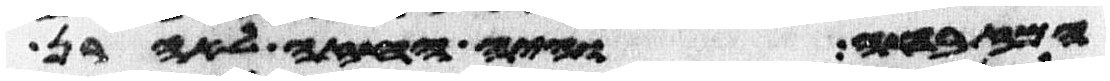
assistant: המזבחה והיה החזה לאהרן